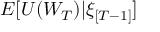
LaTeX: E [ U ( W _ { T } ) | \xi _ { [ T - 1 ] } ]